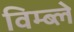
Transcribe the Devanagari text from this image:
विम्ब्ले